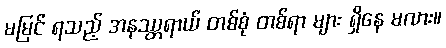
မမြင် ရသည့် အနဿ္တရာယ် တစ်စုံ တစ်ရာ များ ရှိနေ မလား။